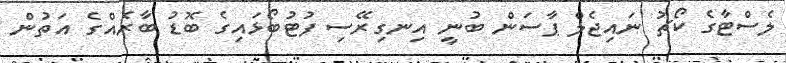
ލެސްޓާގެ ކޯޗު ނައިޖެލް ޕާސަން ބުނީ އިނގިރޭސި ފުޓުބޯޅައިގެ ބޮޑު ބާރެއްގެ އަތުން